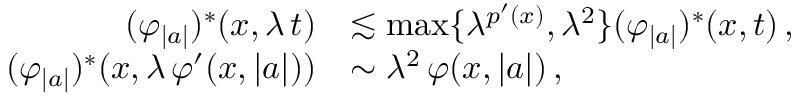
\begin{array} { r l } { ( \varphi _ { \vert a \vert } ) ^ { * } ( x , \lambda \, t ) } & { \lesssim \smash { \operatorname* { m a x } \{ \lambda ^ { p ^ { \prime } ( x ) } , \lambda ^ { 2 } \} } ( \varphi _ { \vert a \vert } ) ^ { * } ( x , t ) \, , } \\ { ( \varphi _ { \vert a \vert } ) ^ { * } ( x , \lambda \, \varphi ^ { \prime } ( x , \vert a \vert ) ) } & { \sim \smash { \lambda ^ { 2 } } \, \varphi ( x , \vert a \vert ) \, , } \end{array}